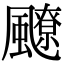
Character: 飉